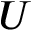
U